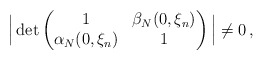
\begin{align*}\Big|\det\begin{pmatrix}1& \beta_N(0,\xi_n) \\\alpha_N(0,\xi_n) &1\end{pmatrix}\Big|\ne 0 \, ,\end{align*}